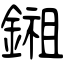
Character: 鎺